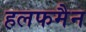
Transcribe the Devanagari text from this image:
हलफमैन